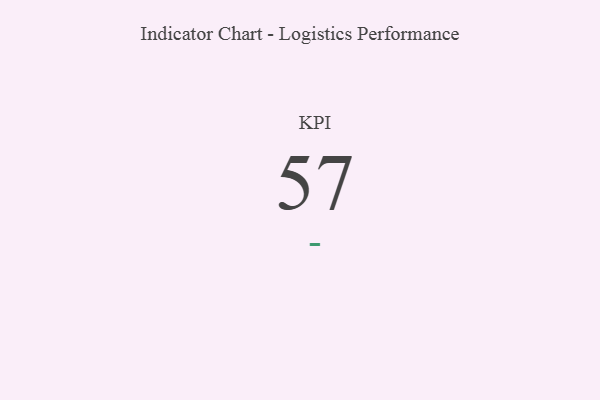
{"axis": {"x": "KPI", "y": "Value"}, "legend": [""], "data": [{"x": "KPI", "y": 57, "type": ""}]}